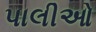
પાલીઓ